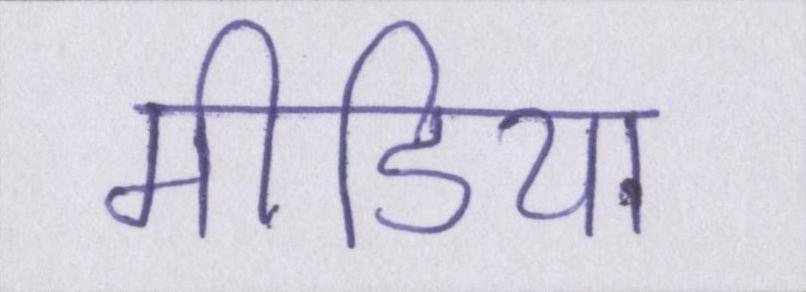
मीडिया